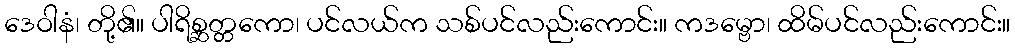
ဒေဝါနံ၊ တို့၏။ ပါရိစ္ဆတ္တကော၊ ပင်လယ်က သစ်ပင်လည်းကောင်း။ ကဒမ္ဗော၊ ထိမ်ပင်လည်းကောင်း။